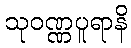
သုဝဏ္ဏပူရာနိ